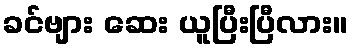
ခင်ဗျား ဆေး ယူပြီးပြီလား။